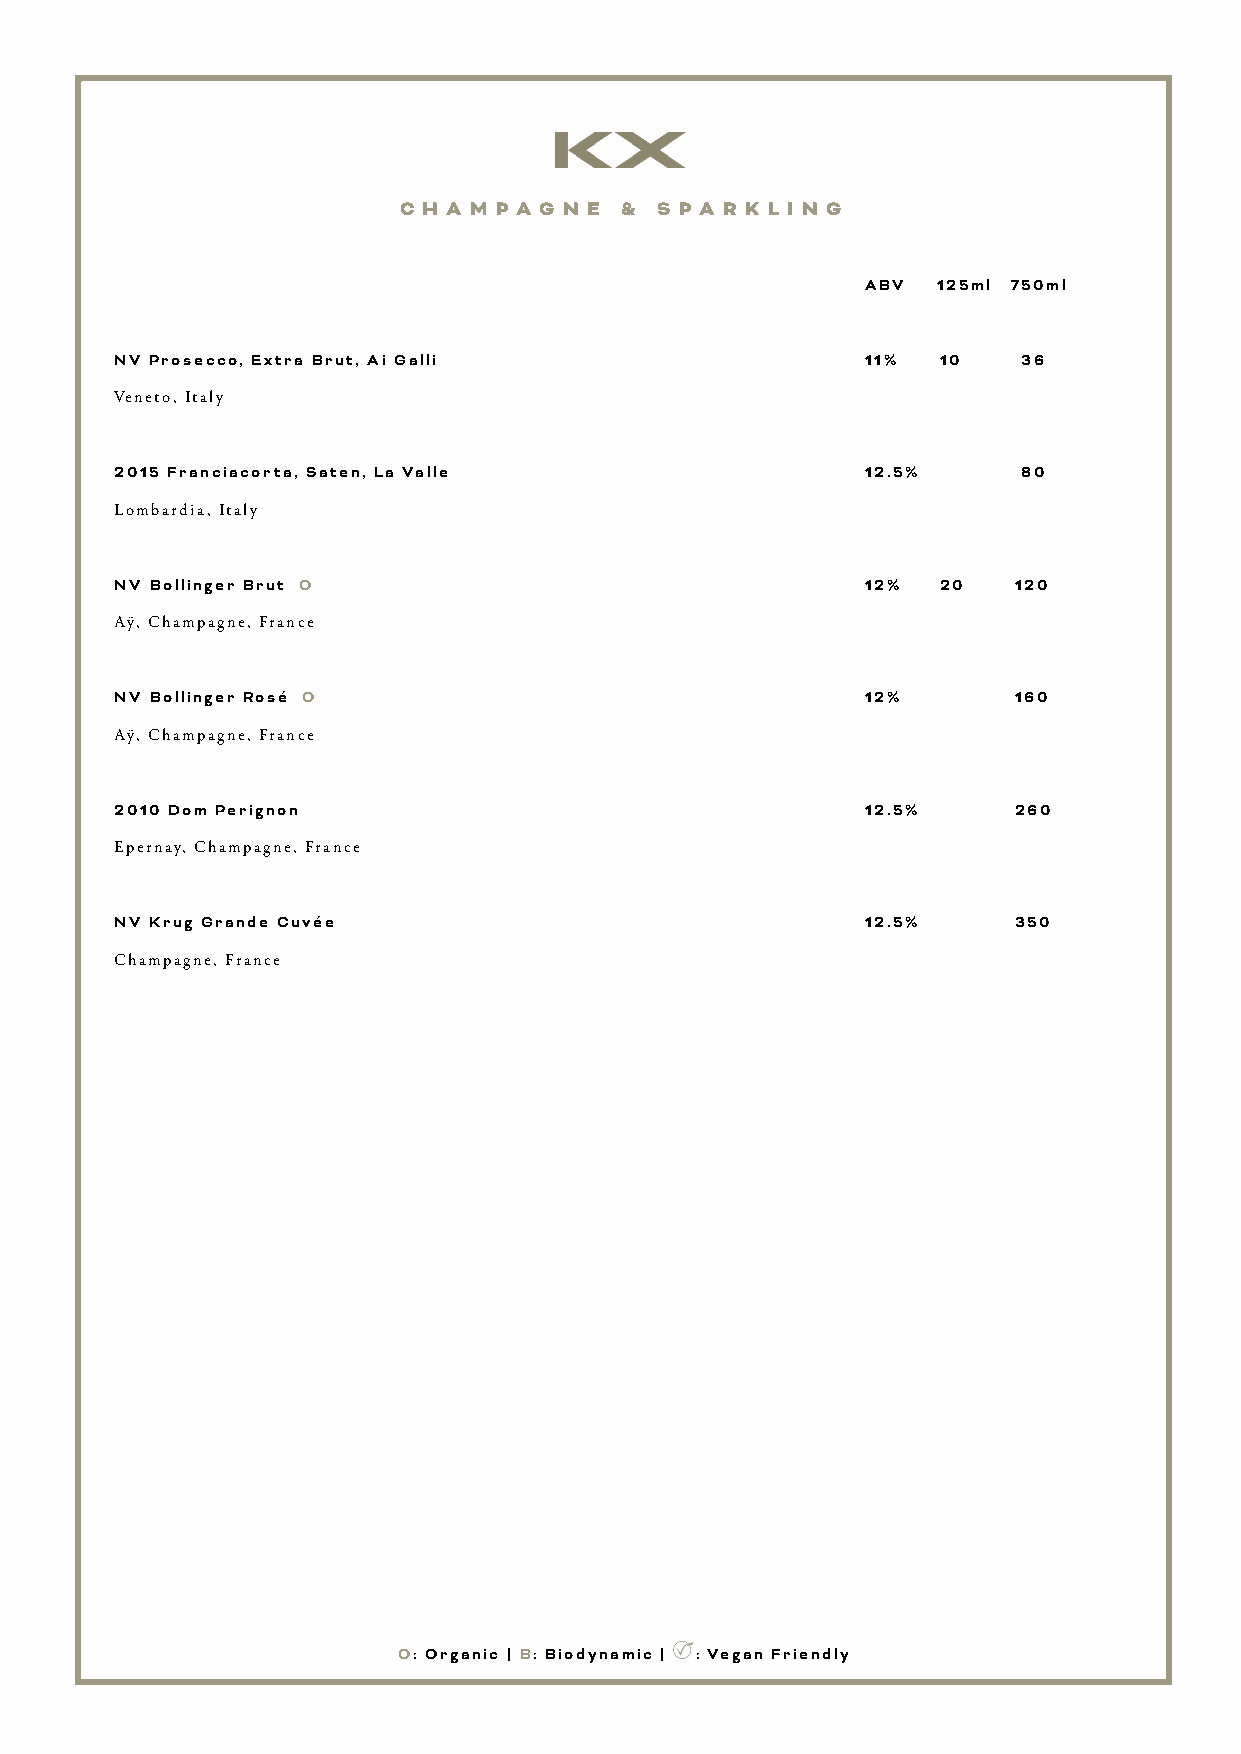
C H A M P A G N E & S P A R K L I N G
 ABV  125ml 750ml
 NV Prosecco, Extra Brut, Ai Galli                11%  10    36
 Veneto, Italy
 2015 Franciacorta, Saten, La Valle               12.5%     80
 Lombardia, Italy
 NV Bollinger Brut O                              12%  20   120
 Aÿ, Champagne, France
 NV Bollinger Rosé O                              12%       160
 Aÿ, Champagne, France
 2010 Dom Perignon                                12.5%    260
 Epernay, Champagne, France
 NV Krug Grande Cuvée                             12.5%    350
 Champagne, France
 O: Organic | B: Biodynamic | : Vegan Friendly